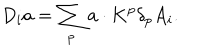
LaTeX: D _ { i } a = \sum _ { p } { \bf a } \cdot { \bf K } ^ { p } \delta _ { p } A _ { i } .